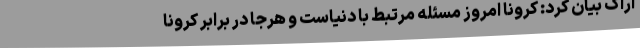
اراک بیان کرد: کرونا امروز مسئله مرتبط با دنیاست و هرجا در برابر کرونا